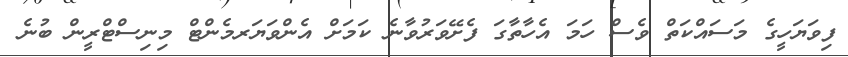
ފިވަޔަހީގެ މަސައްކަތް ވެސް ހަމަ އެހާތާގަ ފެށޭވަރުވާނެ ކަމަށް އެންވަޔަރމެންޓް މިނިސްޓްރީން ބުނެ